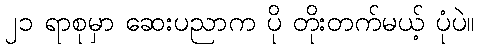
၂၁ ရာစုမှာ ဆေးပညာက ပို တိုးတက်မယ့် ပုံပဲ။